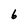
Character: 6